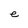
Character: e